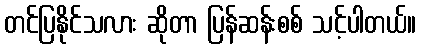
တင်ပြနိုင်သလား ဆိုတာ ပြန်ဆန်းစစ် သင့်ပါတယ်။